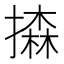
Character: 𢵳